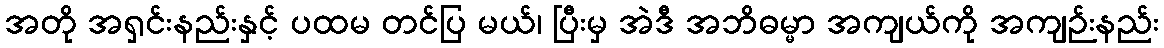
အတို အရှင်းနည်းနှင့် ပထမ တင်ပြ မယ်၊ ပြီးမှ အဲဒီ အဘိဓမ္မာ အကျယ်ကို အကျဉ်းနည်း